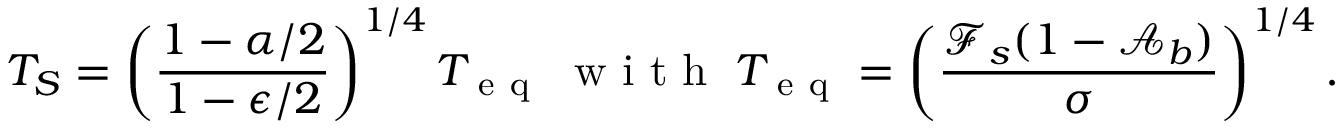
T _ { S } = \left( \frac { 1 - \alpha / 2 } { 1 - \epsilon / 2 } \right) ^ { 1 / 4 } T _ { \mathrm { ~ e ~ q ~ } } \; \mathrm { ~ w ~ i ~ t ~ h ~ } \; T _ { \mathrm { ~ e ~ q ~ } } = \left( \frac { \mathcal { F } _ { s } ( 1 - \mathcal { A } _ { b } ) } { \sigma } \right) ^ { 1 / 4 } .